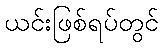
ယင်းဖြစ်ရပ်တွင်